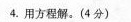
4.用方程解。(4分)